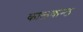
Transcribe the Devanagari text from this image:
कालकन्ठ